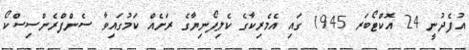
އުފެދުނީ 24 އޮކްޓޯބަރ 1945 ގައި އެމެރިކާގެ ކެލިފޯނިޔާގެ ރަށެއް ކަމުގައިވާ ސެންފްރެންސިސްކޯ